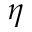
\eta